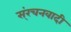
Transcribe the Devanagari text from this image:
स्ंरचनवादी